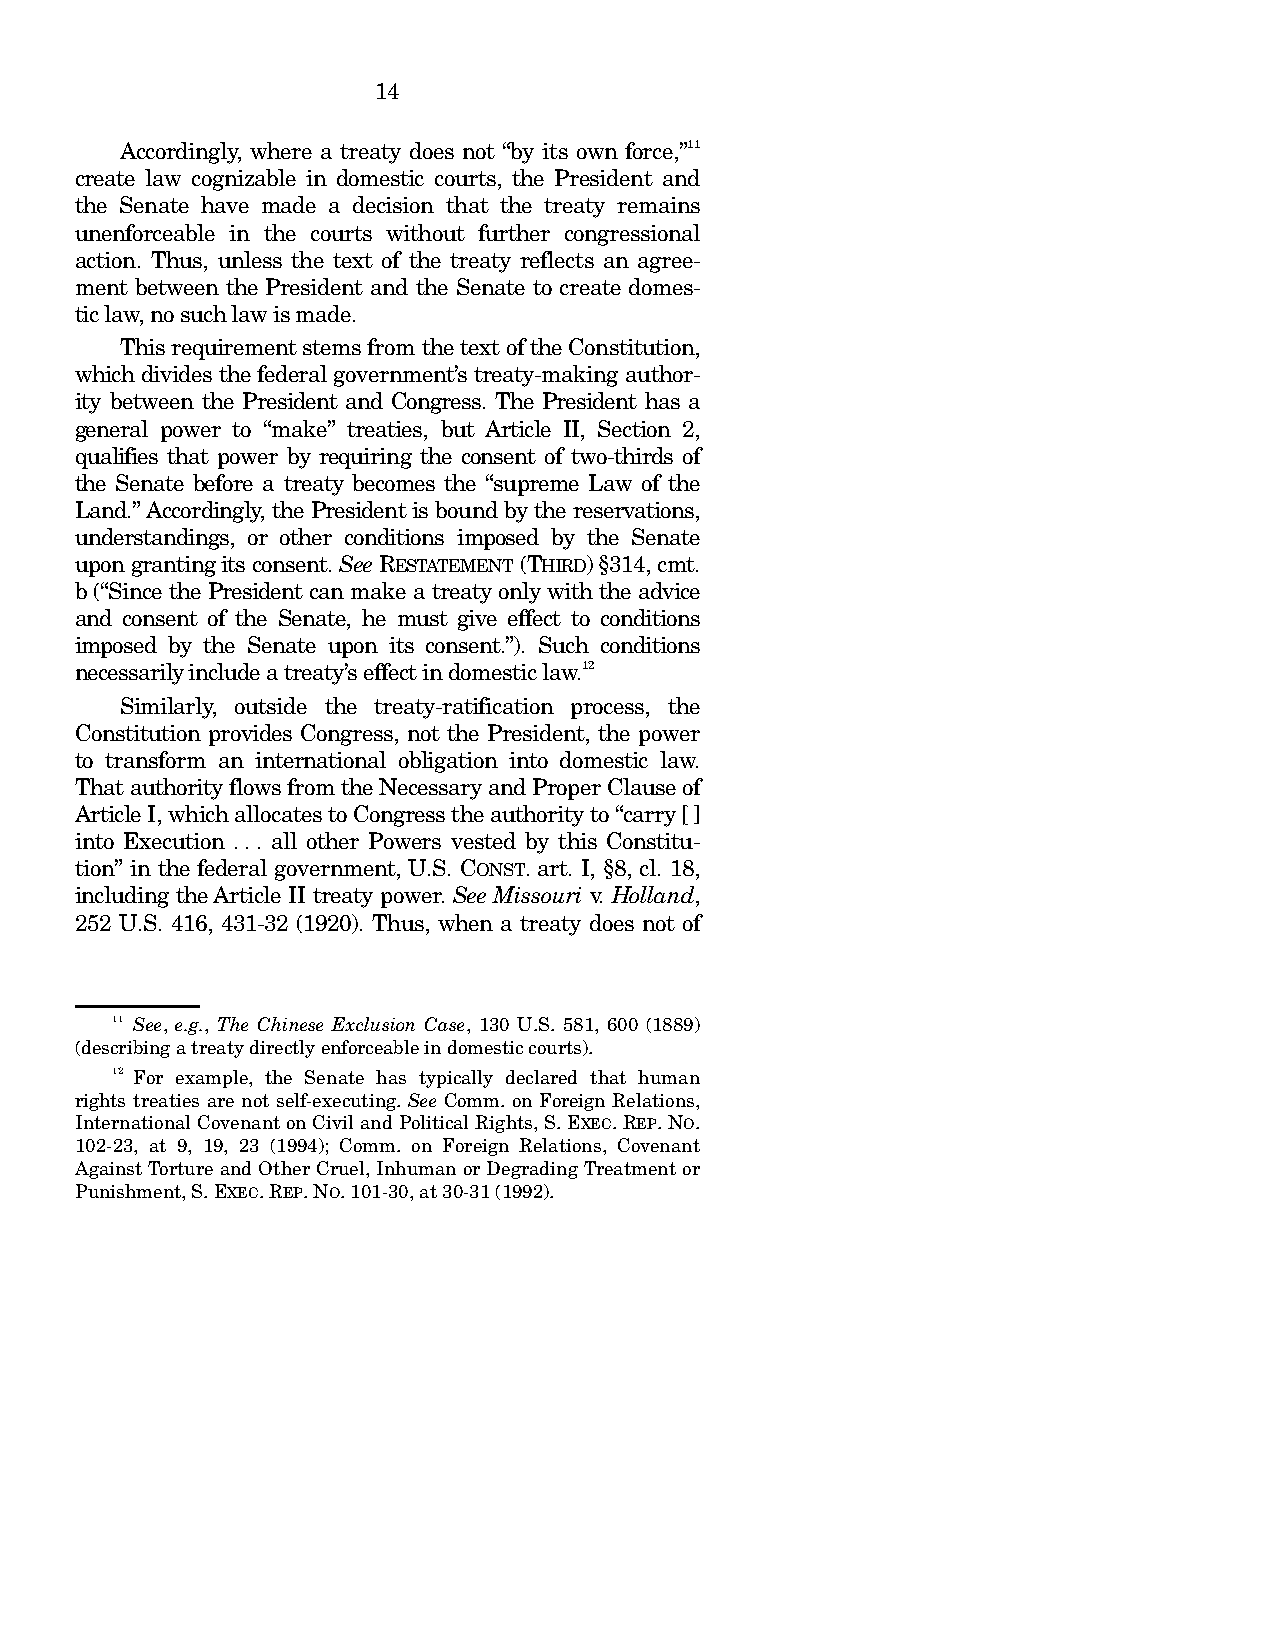
14
 Accordingly, where a treaty does not “by its own force,”11
 create law cognizable in domestic courts, the President and
 the Senate have made a decision that the treaty remains
 unenforceable in the courts without further congressional
 action. Thus, unless the text of the treaty reflects an agree-
 ment between the President and the Senate to create domes-
 tic law, no such law is made.
 This requirement stems from the text of the Constitution,
 which divides the federal government’s treaty-making author-
 ity between the President and Congress. The President has a
 general power to “make” treaties, but Article II, Section 2,
 qualifies that power by requiring the consent of two-thirds of
 the Senate before a treaty becomes the “supreme Law of the
 Land.” Accordingly, the President is bound by the reservations,
 understandings, or other conditions imposed by the Senate
 upon granting its consent. See RESTATEMENT (THIRD) §314, cmt.
 b (“Since the President can make a treaty only with the advice
 and consent of the Senate, he must give effect to conditions
 imposed by the Senate upon its consent.”). Such conditions
 necessarily include a treaty’s effect in domestic law.12
 Similarly, outside the treaty-ratification process, the
 Constitution provides Congress, not the President, the power
 to transform an international obligation into domestic law.
 That authority flows from the Necessary and Proper Clause of
 Article I, which allocates to Congress the authority to “carry []
 into Execution . . . all other Powers vested by this Constitu-
 tion” in the federal government, U.S. CONST. art. I, §8, cl. 18,
 including the Article II treaty power. See Missouri v. Holland,
 252 U.S. 416, 431-32 (1920). Thus, when a treaty does not of
 11 See, e.g., The Chinese Exclusion Case, 130 U.S. 581, 600 (1889)
 (describing a treaty directly enforceable in domestic courts).
 12 For example, the Senate has typically declared that human
 rights treaties are not self-executing. See Comm. on Foreign Relations,
 International Covenant on Civil and Political Rights, S. EXEC. REP. NO.
 102-23, at 9, 19, 23 (1994); Comm. on Foreign Relations, Covenant
 Against Torture and Other Cruel, Inhuman or Degrading Treatment or
 Punishment, S. EXEC. REP. NO. 101-30, at 30-31 (1992).